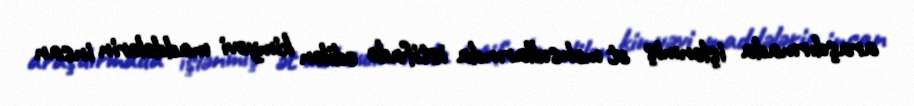
araşdırmada işlənmiş ət məhsullarında istifadə edilən kimyəvi maddələrin insan